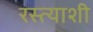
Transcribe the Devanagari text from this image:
रस्त्याशी